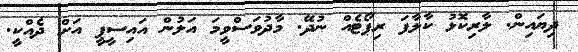
ދިޔައިން. ލާރިކޮޅު ކާލާފަ ރިޕޯޓެއް ނުދޭ. މާދުވަސްވީމަ އަލުން އައިސީޕީ އަށް ދެއްކީ.